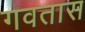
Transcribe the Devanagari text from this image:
गवतास